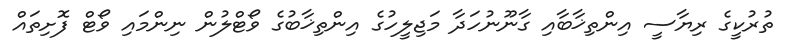
ތުރުކީގެ ރިޔާސީ އިންތިޚާބާއި ގާނޫނުހަދާ މަޖިލީހުގެ އިންތިޚާބުގެ ވޯޓްލުން ނިންމައި ވޯޓް ފޮށިތައް